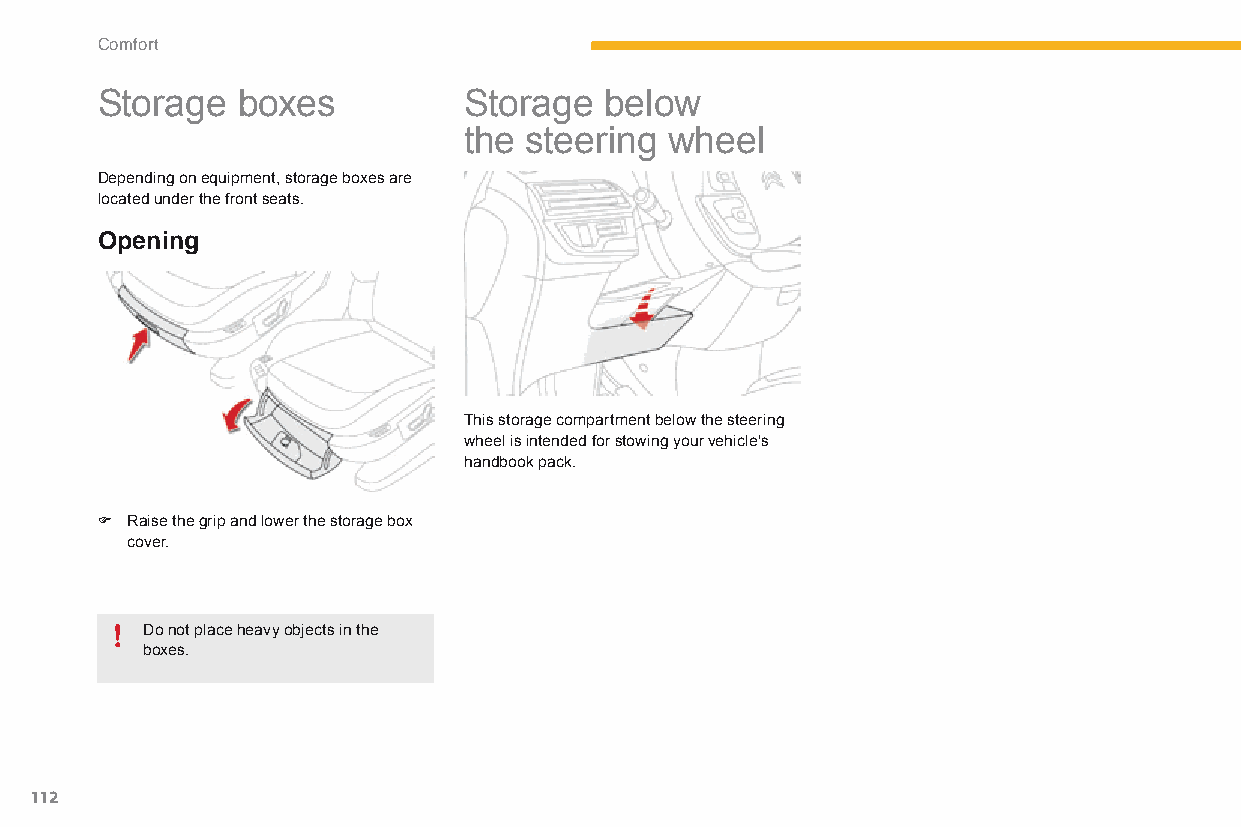
Comfort
 Storage   boxes          Storage  below
 the steering wheel
 Depending on equipment, storage boxes are
 located under the front seats.
 Opening
 This storage compartment below the steering
 wheel is intended for stowing your vehicle's
 handbook pack.
 F Raise the grip and lower the storage box
 cover.
 Do not place heavy objects in the
 boxes.
 112
 C4-Picasso-II_en_Chap03_confort_ed01-2015